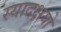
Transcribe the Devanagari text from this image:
स्यादक्षयो